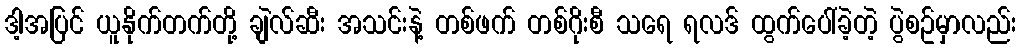
ဒါ့အပြင် ယူနိုက်တက်တို့ ချဲလ်ဆီး အသင်းနဲ့ တစ်ဖက် တစ်ဂိုးစီ သရေ ရလဒ် ထွက်ပေါ်ခဲ့တဲ့ ပွဲစဥ်မှာလည်း